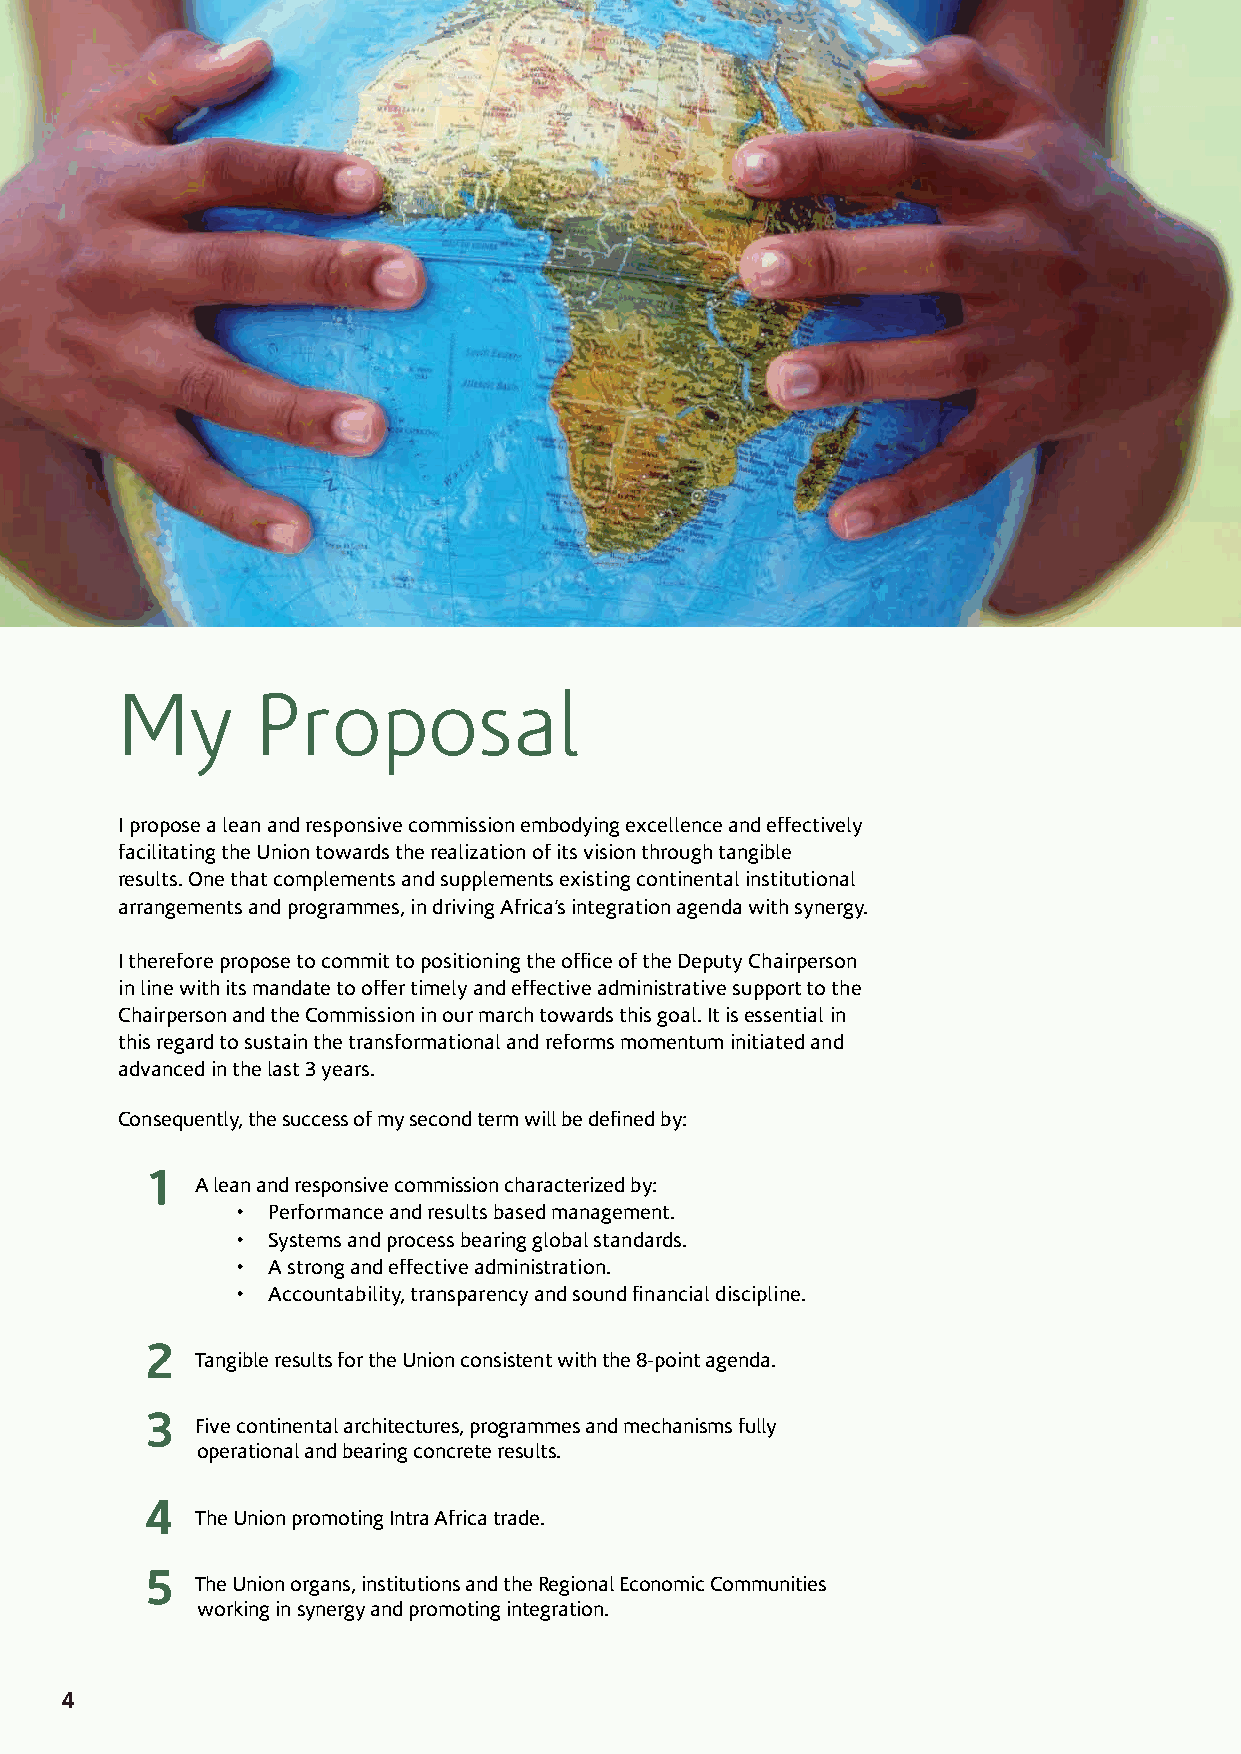
My       Proposal
 I propose a lean and responsive commission embodying excellence and effectively
 facilitating the Union towards the realization of its vision through tangible
 results. One that complements and supplements existing continental institutional
 arrangements and programmes, in driving Africa’s integration agenda with synergy.
 I therefore propose to commit to positioning the office of the Deputy Chairperson
 in line with its mandate to offer timely and effective administrative support to the
 Chairperson and the Commission in our march towards this goal. It is essential in
 this regard to sustain the transformational and reforms momentum initiated and
 advanced in the last 3 years.
 Consequently, the success of my second term will be defined by:
 1
 A lean and responsive commission characterized by:
 • Performance and results based management.
 • Systems and process bearing global standards.
 • A strong and effective administration.
 • Accountability, transparency and sound financial discipline.
 2
 Tangible results for the Union consistent with the 8-point agenda.
 3
 Five continental architectures, programmes and mechanisms fully
 operational and bearing concrete results.
 4
 The Union promoting Intra Africa trade.
 5
 The Union organs, institutions and the Regional Economic Communities
 working in synergy and promoting integration.
 4